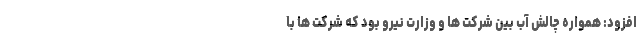
افزود: همواره چالش آب بین شرکت ها و وزارت نیرو بود که شرکت ها با